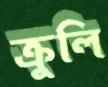
ক্রুলি